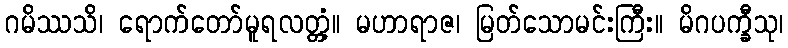
ဂမိဿသိ၊ ရောက်တော်မူရလတ္တံ့။ မဟာရာဇ၊ မြတ်သောမင်းကြီး။ မိဂပက္ခီသု၊